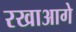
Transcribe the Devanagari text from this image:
रखाआगे